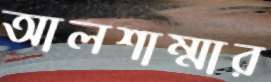
আলশাম্মার